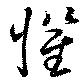
懼